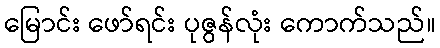
မြောင်း ဖော်ရင်း ပုဇွန်လုံး ကောက်သည်။